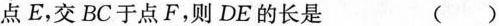
点E，交BC于点F，则DE的长是 ()